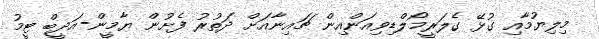
މިލިޔުމާއި ގުޅޭ ގެލަރީމޯލްޑިވިއަންއިން ޗައިނާއަށް ދަތުރު ފެށުން ޔާމީން-އަދީބް ޓީމު